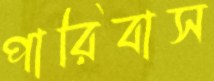
পারিবাস